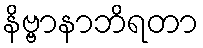
နိဗ္ဗာနာဘိရတာ